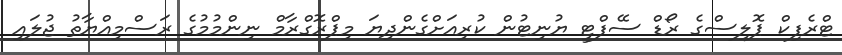
ޓްރެފިކް ޕޮލިސްގެ ރޯޑް ސޭފްޓީ ޔުނިޓުން ކުރިއަށްގެންދިޔަ މިޕްރޮގްރާމް ނިންމުމުގެ ރަސްމިއްޔާތު ޖުލައި